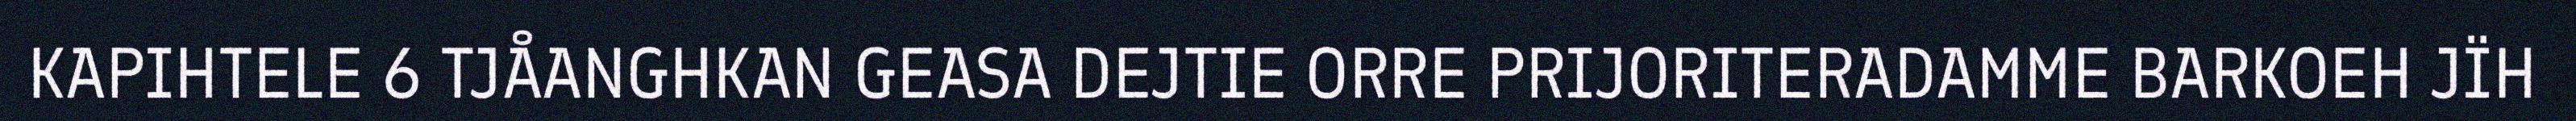
KAPIHTELE 6 TJÅANGHKAN GEASA DEJTIE ORRE PRIJORITERADAMME BARKOEH JÏH